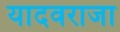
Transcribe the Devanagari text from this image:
यादवराजा